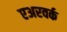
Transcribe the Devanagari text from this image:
एअरवर्क